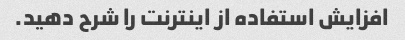
افزایش استفاده از اینترنت را شرح دهید.